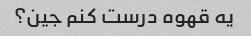
یه قهوه درست کنم جین؟